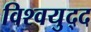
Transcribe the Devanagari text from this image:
विश्वयुद्द